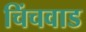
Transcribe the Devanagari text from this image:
चिंचवाड